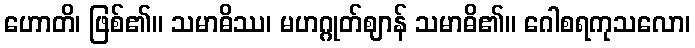
ဟောတိ၊ ဖြစ်၏။ သမာဓိဿ၊ မဟဂ္ဂုတ်ဈာန် သမာဓိ၏။ ဂေါစရကုသလော၊